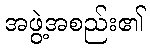
အဖွဲ့အစည်း၏